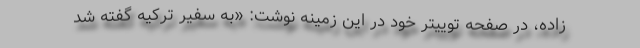
زاده، در صفحه توییتر خود در این زمینه نوشت: «به سفیر ترکیه گفته شد